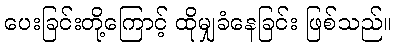
ပေးခြင်းတို့ကြောင့် ထိုမျှခံနေခြင်း ဖြစ်သည်။